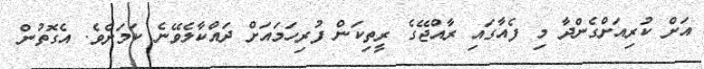
އަށް ކުރިއަށްގެންދާ މި ފެއާގައި ރާއްޖޭގެ ރީތިކަން ފުރިހަމައަށް ދައްކާލެވޭނެ ކަމަށެވެ. އެގޮތުން